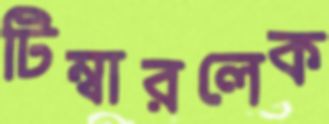
টিম্বারলেক